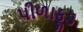
પીળાફૂડ